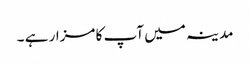
مدینہ میں آپ کا مزار ہے ۔